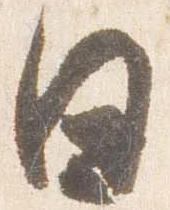
日